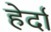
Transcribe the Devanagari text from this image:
हेर्दा